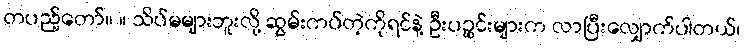
တပည့်တော်။ ။ သိပ်မများဘူးလို့ ဆွမ်းကပ်တဲ့ကိုရင်နဲ့ ဦးပဉ္စင်းများက လာပြီးလျှောက်ပါတယ်၊